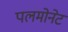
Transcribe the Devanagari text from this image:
पलमोनेट